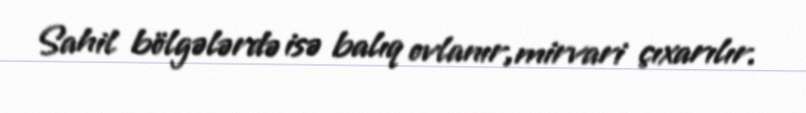
Sahil bölgələrdə isə balıq ovlanır,mirvari çıxarılır.